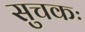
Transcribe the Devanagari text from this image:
सुचकः